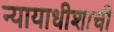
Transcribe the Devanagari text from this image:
न्यायाधीशाची